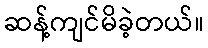
ဆန့်ကျင်မိခဲ့တယ်။